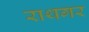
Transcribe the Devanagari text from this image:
राथगर